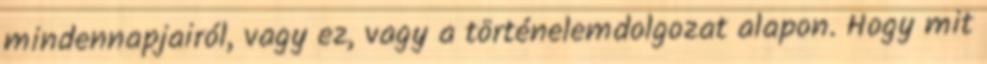
mindennapjairól, vagy ez, vagy a történelemdolgozat alapon. Hogy mit